Annual report on the working of the mental hospitals in the Madras Presidency - 1912-1932
Year: 1912
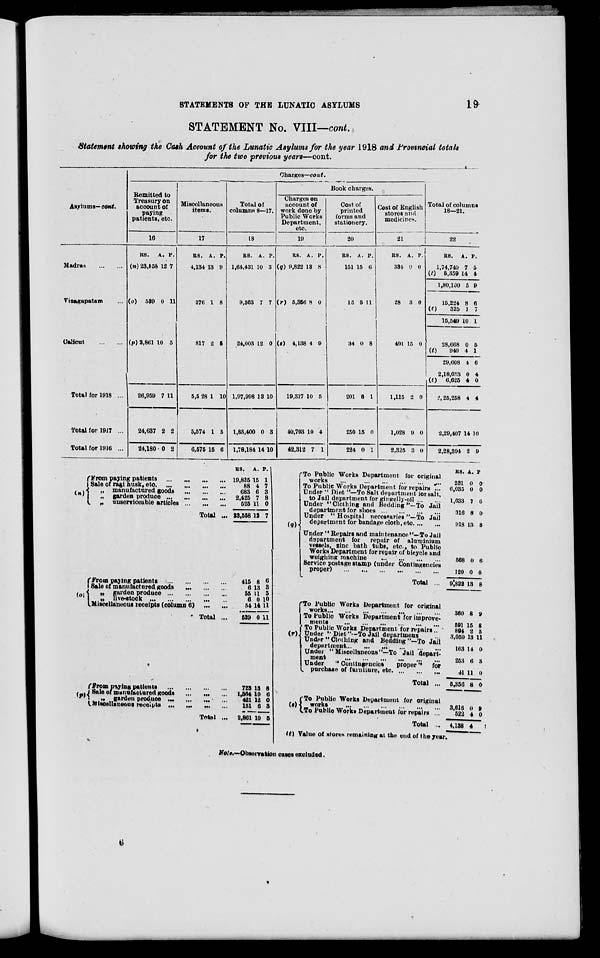
STATEMENTS OF THE LUNATIC ASYLUMS
19
STATEMENT No. VIII—cont.
Statement showing the Cash Account of the Lunatic Asylums for the year 1918 and Provincial totals
for the two previous years—cont.
Asylums— cont.
Madras
...
...
Vizagapatam ...
Calicut
...
...
Total for 1918 ...
Total for 1917 ...
Total for 1916 ...
Charges—cont.
Remitted to
Treusury on
account of
paying
patients, etc.
16
RS.
(n) 23,558
A.
12
P.
7
(o) 539 0 11
(p) 2,861 10 5
26,959
24,637
24,180
7
2
0
11
2
2
Miscellaneous
items.
17
RS.
4,134
A.
13
P.
9
576 1 8
817 2 5
5,5 28
5,574
6,575
1
1
15
10
5
6
Total of
columns 8—17.
18
RS.
1,64,431
A.
10
P.
3
9,563 7 7
24,003 12 0
1,97,998
1,83,400
1,78,184
13
0
14
10
3
10
Book charges.
Charges on
account of
work done by
Public Works
Department,
etc.
19
RS.
(q) 9,822
A.
13
P.
8
(r) 5,356 8 0
(s) 4,138 4 9
19,317
40,703
42,312
10
10
7
5
4
1
Cost of
printed
forms and
stationery.
20
RS.
151
A.
15
P.
6
15 5 11
34 0 8
201
250
224
6
15
0
1
0
1
Cost of English
stores and
medicines.
21
RS.
334
A.
0
P.
0
28 3 0
491 15 0
1,115
1,028
2,325
2
9
3
0
0
0
Total of columns
18—21.
22
RS.
1,74,740
(t)
5,359
1,80,100
15,224
(t)325
15,549
28,668
(t)
940
29,608
2,18,633
(t)
6,625
2,25,258
2,29,407
2,28,394
A.
7
14
5
8
1
10
0
4
4
0
4
4
14
2
P.
5
4
9
6
7
1
5
1
6
4
0
4
10
9
(n)
From paying patients
...
...
...
...
Sale of ragi husk, etc
...
...
...
...
„ manufactured goods
...
...
...
„ garden produce
...
...
...
„ unserviceable articles
...
...
...
Total ...
(o)
From paying patients
...
...
...
...
Sale of manufactured goods ... ... ...
„ garden produce
...
...
...
...
„ live-stock
...
...
...
...
...
Miscellaneous receipts (column 6)
...
...
Total ...
(p)
From paying patients
...
...
...
...
Sale of manufactured goods
...
...
...
„
garden produce ... ... ... ...
Miscellaneous receipts ... ... ... ...
Total ...
RS.
19,835
88
683
2,425
525
23,558
415
6
55
6
54
539
723
1,564
421
151
2,861
A.
15
4
6
7
11
12
8
13
11
0
14
0
13
10
12
6
10
P.
1
7
3
8
0
7
6
3
5
10
11
11
8
6
0
3
5
(q) To Public Works Department for original
works
...
...
...
...
...
...
To Public Works Department for repairs ...
Under " Diet "—To Salt department for salt,
to Jail department for gingelly-oil ... ...
Under " Clothing and Bedding "-To Jail
department for shoes
...
...
...
...
Under " Hospital necessaries "—To Jail
department for bandage cloth, etc. ... ...
Under " Repairs and maintenance"—To Jail
department for repair of aluminium
vessels, zine bath tubs, etc., to Public
Works Department for repair of bicycle and
weighing machine
...
...
...
...
Service postage stamp (under Contingencies
proper)
...
...
...
...
...
...
Total ...
(r)
To Public Works Department for original
works
...
...
...
...
...
...
...
To Public Works Department for improve-
ments
...
...
...
...
...
...
To Public Works Department for repairs ...
Under ''Diet "'-To Jail department ...
Under " Clothing and Bedding "—To Jail
department
...
...
...
...
...
...
Under "Miscellaneous"—To Jail depart-
ment
...
...
...
...
...
...
Under
"Contingencies
proper"
for
purchase of furniture, etc ... ... ...
Total ...
(s)
To Public Works Department for original
works
...
...
...
...
...
...
To Public Works Department for repairs ...
Total ...
(t) Value of stores remaining at the end of the year
RS.
231
6,035
1,633
316
918
568
120
9,822
360
591
894
3,050
163
253
41
5,356
3,616
522
4,138
A.
0
0
7
8
13
0
0
13
8
15
2
13
14
6
11
8
0
4
4
P.
0
0
6
0
8
6
0
8
2
8
5
11
0
3
0
0
9
0
Note.—Observation cases excluded.
6